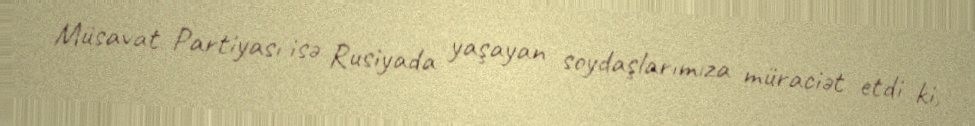
Müsavat Partiyası isə Rusiyada yaşayan soydaşlarımıza müraciət etdi ki,